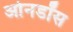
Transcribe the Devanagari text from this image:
ओनडॉस